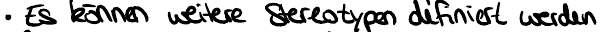
Es können weitere Stereotypen definiert werden